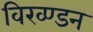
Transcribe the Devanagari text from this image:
विख्ण्डन